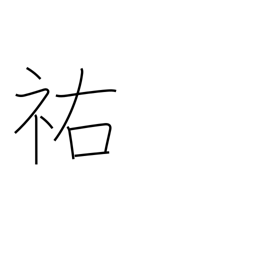
Meaning: help